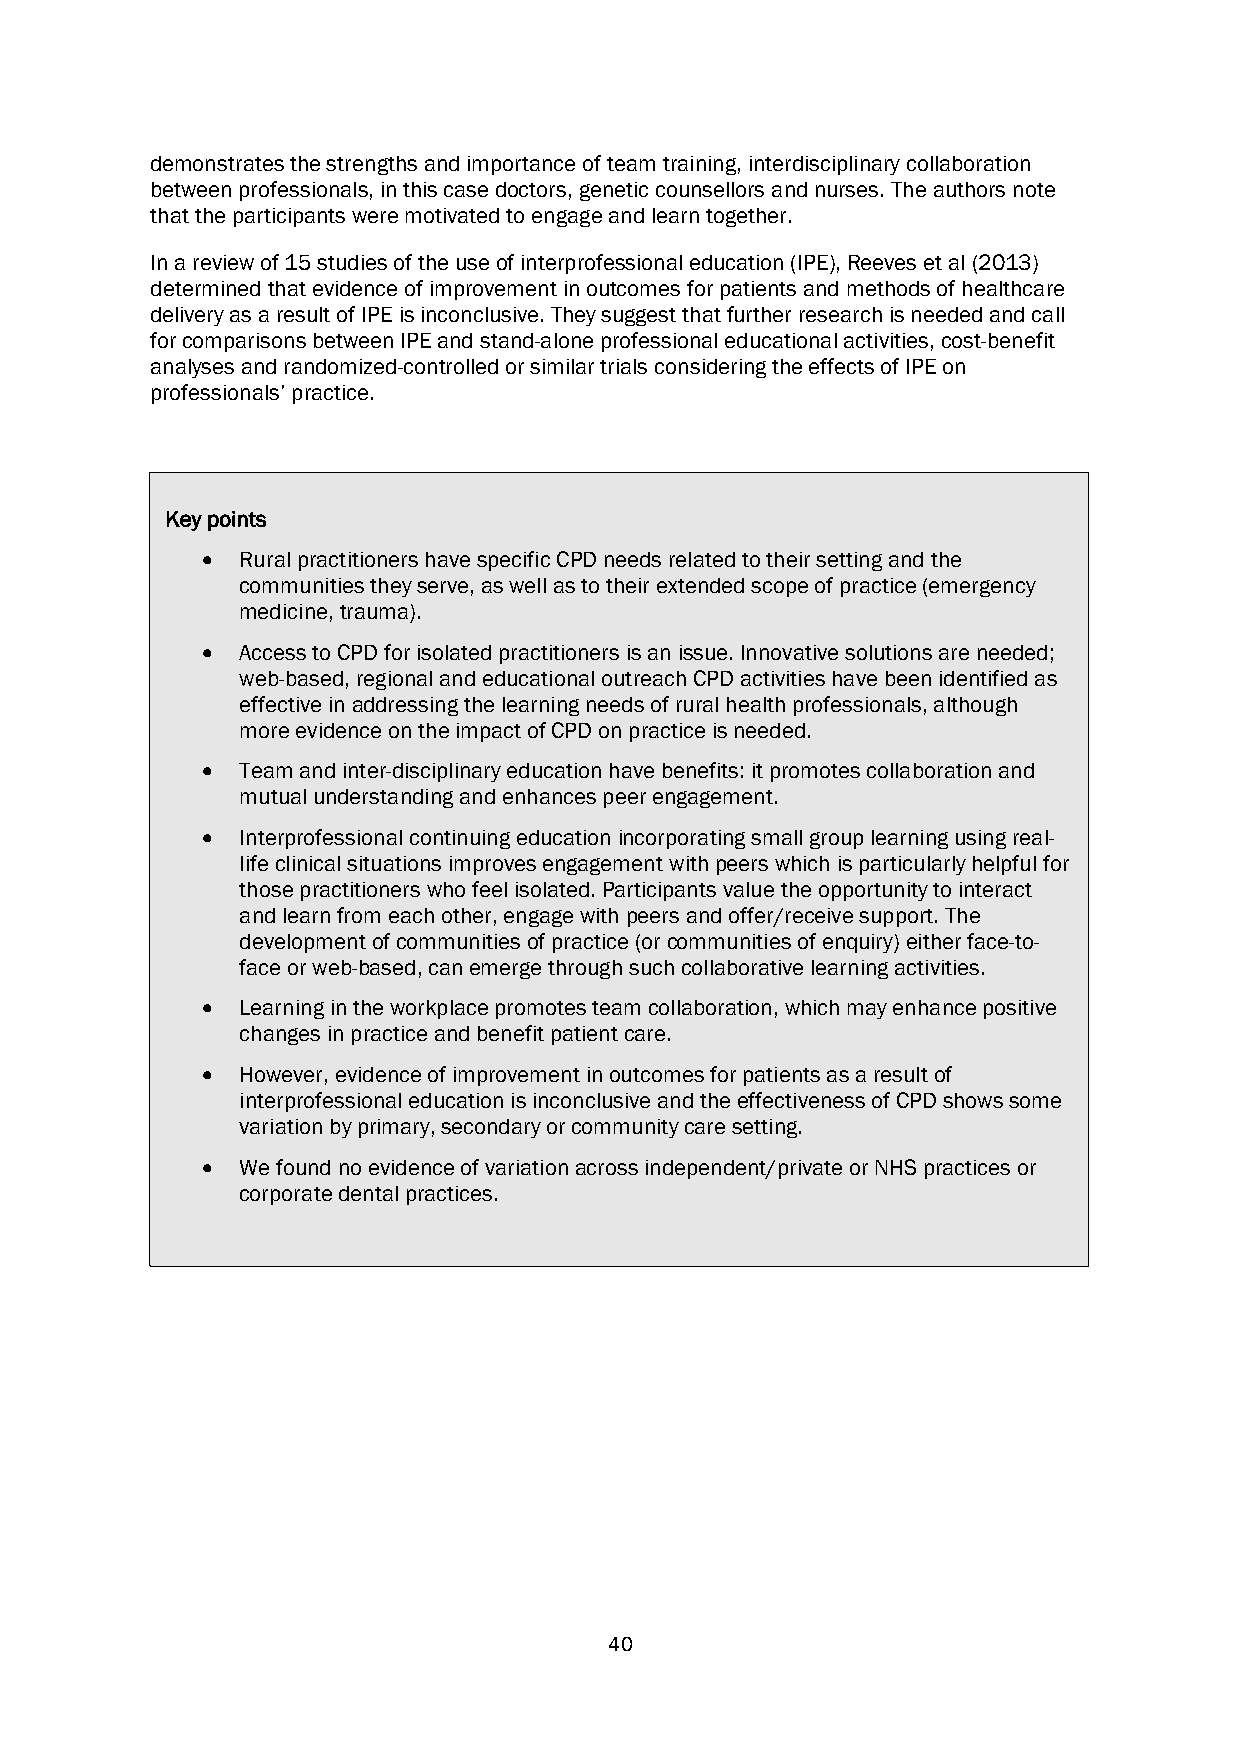
demonstrates the strengths and importance of team training, interdisciplinary collaboration
 between professionals, in this case doctors, genetic counsellors and nurses. The authors note
 that the participants were motivated to engage and learn together.
 In a review of 15 studies of the use of interprofessional education (IPE), Reeves et al (2013)
 determined that evidence of improvement in outcomes for patients and methods of healthcare
 delivery as a result of IPE is inconclusive. They suggest that further research is needed and call
 for comparisons between IPE and stand-alone professional educational activities, cost-benefit
 analyses and randomized-controlled or similar trials considering the effects of IPE on
 professionals’ practice.
 Key points
 •  Rural practitioners have specific CPD needs related to their setting and the
 communities they serve, as well as to their extended scope of practice (emergency
 medicine, trauma).
 •  Access to CPD for isolated practitioners is an issue. Innovative solutions are needed;
 web-based, regional and educational outreach CPD activities have been identified as
 effective in addressing the learning needs of rural health professionals, although
 more evidence on the impact of CPD on practice is needed.
 •  Team and inter-disciplinary education have benefits: it promotes collaboration and
 mutual understanding and enhances peer engagement.
 •  Interprofessional continuing education incorporating small group learning using real-
 life clinical situations improves engagement with peers which is particularly helpful for
 those practitioners who feel isolated. Participants value the opportunity to interact
 and learn from each other, engage with peers and offer/receive support. The
 development of communities of practice (or communities of enquiry) either face-to-
 face or web-based, can emerge through such collaborative learning activities.
 •  Learning in the workplace promotes team collaboration, which may enhance positive
 changes in practice and benefit patient care.
 •  However, evidence of improvement in outcomes for patients as a result of
 interprofessional education is inconclusive and the effectiveness of CPD shows some
 variation by primary, secondary or community care setting.
 •  We found no evidence of variation across independent/private or NHS practices or
 corporate dental practices.
 40